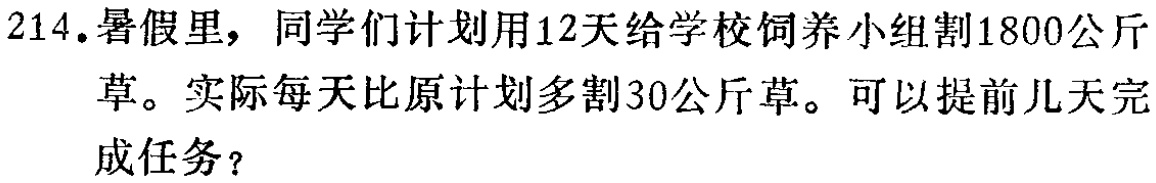
214.暑假里，同学们计划用12天给学校饲养小组割1800公斤草。实际每天比原计划多割30公斤草。可以提前几天完成任务？